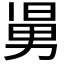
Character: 𠢎